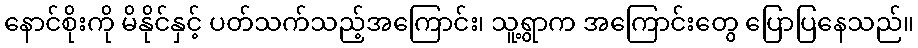
နောင်စိုးကို မိနိုင်နှင့် ပတ်သက်သည့်အကြောင်း၊ သူ့ရွာက အကြောင်းတွေ ပြောပြနေသည်။